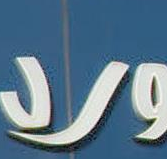
ورد